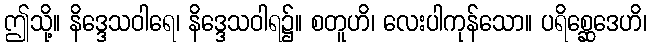
ဤသို့။ နိဒ္ဒေသဝါရေ၊ နိဒ္ဒေသဝါရ၌။ စတူဟိ၊ လေးပါကုန်သော။ ပရိစ္ဆေဒေဟိ၊